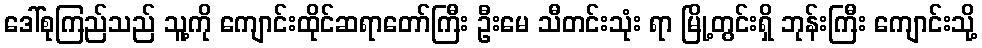
ဒေါ်စုကြည်သည် သူ့ကို ကျောင်းထိုင်ဆရာတော်ကြီး ဦးမေ သီတင်းသုံး ရာ မြို့တွင်းရှိ ဘုန်းကြီး ကျောင်းသို့